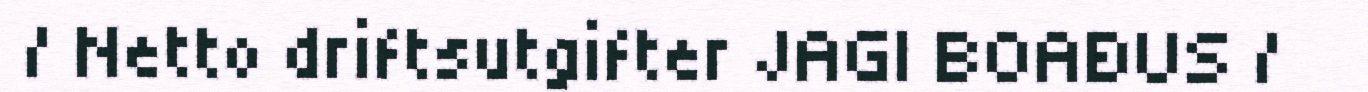
/ Netto driftsutgifter JAGI BOAĐUS /